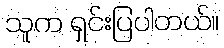
သူက ရှင်းပြပါတယ်။